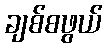
ချစ်စဖွယ်